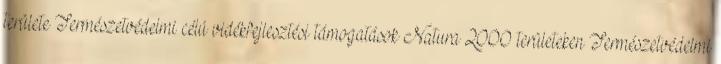
területe Természetvédelmi célú vidékfejlesztési támogatások Natura 2000 területeken Természetvédelmi